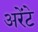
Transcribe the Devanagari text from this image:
अरेंटे